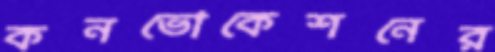
কনভোকেশনের